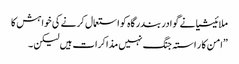
ملائیشیا نے گوادر بندرگاہ کو استعمال کرنے کی خواہش کا
”امن کا ر استہ جنگ نہیں مذاکرات ہیں لیکن ۔